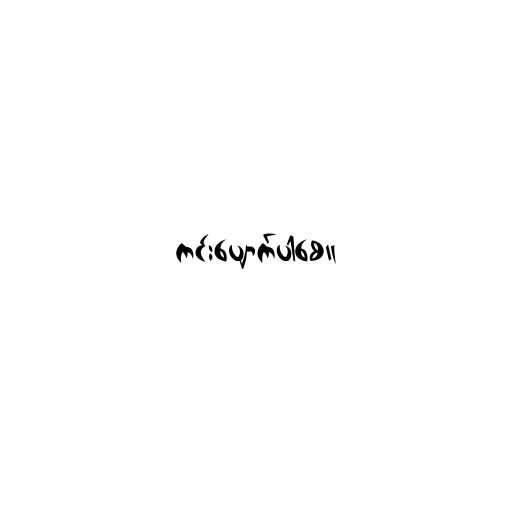
ကင်းပျောက်ပါစေ။